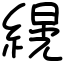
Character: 縨